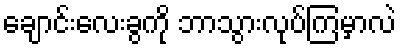
ချောင်းလေးခွကို ဘာသွားလုပ်ကြမှာလဲ